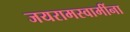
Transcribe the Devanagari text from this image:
जयरामस्वामींना